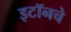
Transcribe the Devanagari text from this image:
इटॉनचे